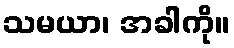
သမယာ၊ အခါကို။